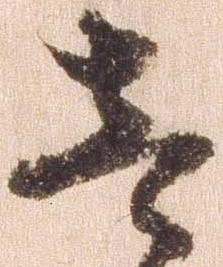
壱